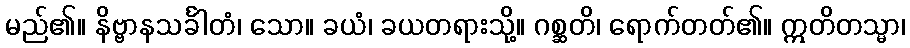
မည်၏။ နိဗ္ဗာနသင်္ခါတံ၊ သော။ ခယံ၊ ခယတရားသို့။ ဂစ္ဆတိ၊ ရောက်တတ်၏။ ဣတိတသ္မာ၊